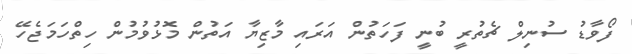
ފޯވާޑު ސުނިލް ޗެތުރީ ބުނީ ފަހަތުން އަރައި މާޒިޔާ އަތުން މޮޅުވުމުން ހިތްހަމަޖެހޭ